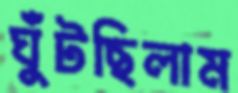
ঘুঁটছিলাম